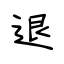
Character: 退